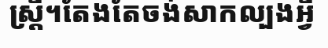
ស្ត្រី។តែងតែចង់សាកល្បងអ្វី